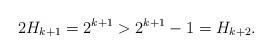
LaTeX: \begin{align*} 2H_{k+1} = 2^{k+1}>2^{k+1}-1 = H_{k+2}.\end{align*}